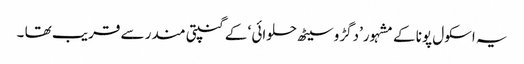
یہ اسکول پونا کے مشہور’دگڑو سیٹھ حلوائی ‘ کے گنپتی مندر سے قریب تھا ۔